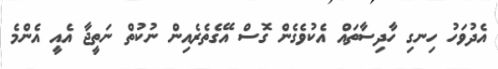
އެދުވަހު ހިނގި ހާދިސާތައް އެކުވެގެން ގޮސް އޭގެތެރެއިން ނުކުތް ނަތީޖާ އެއީ އެންމެ